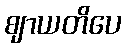
ဈာယတိပေ